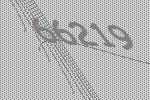
66219